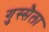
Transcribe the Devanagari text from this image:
गुस्सैला